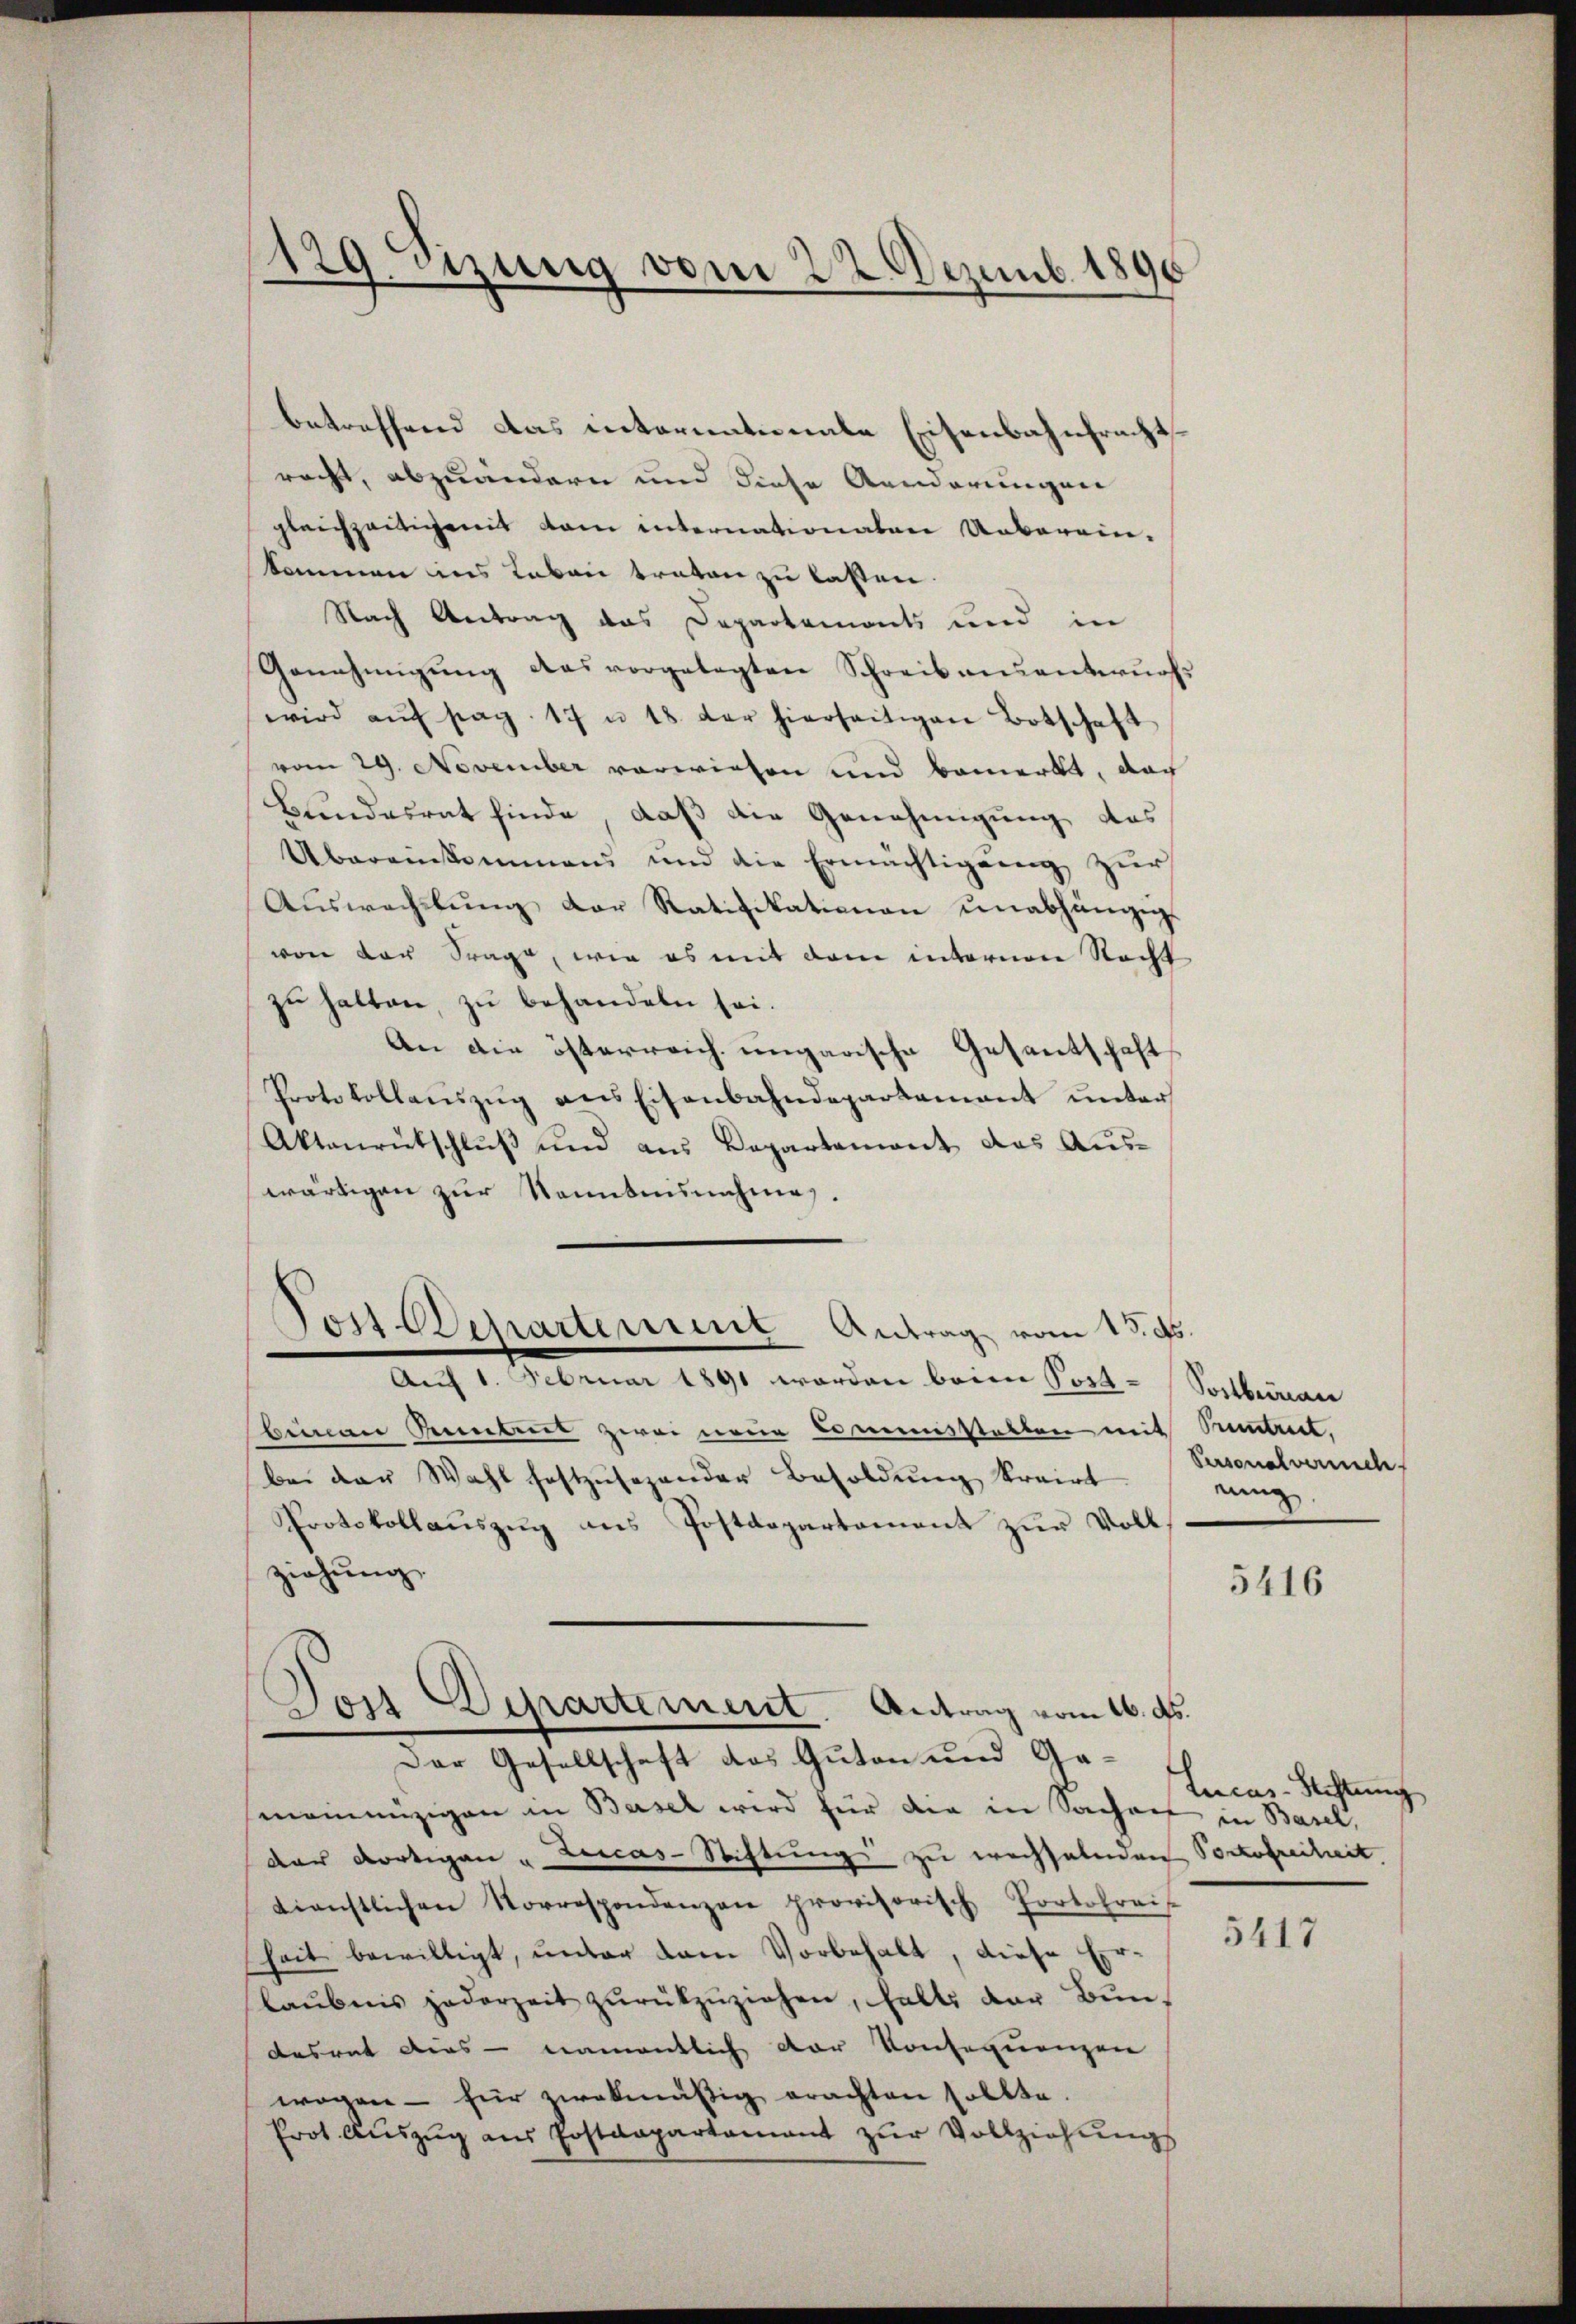
.
129. Sitzung vom 22. Dezemb. 1890

betreffend das internationale Eisenbahnfracht
racht, abzuändern und diese Aenderungen
gleichzeitigemit dem internationaten Ueberein-
kommen ins Laban traten zu lassen.
Nach Antrag das Departemonts und in
Genehmigŭng das vorgelegten Schreibnŭantwurfs
wird aŭf pag. 17 u 18. der hierseitigen Botschaft
vom 29. November vorwiesen und bemerkt, doch
Bundesrat finde, daß die Genehmigung des
Übereinkommens und die Ermächtigung zur
Aŭswechslŭng der Ratifikationen unabhängig
von der Frage, wie es mit dem internen Recht
zu halten, zu behandeln sei.
An die österreich ungarische Gesantschaft
Protokollaŭszŭg ans Eisenbahndepartamant ŭnter
Aktenrütschluß und aus Departement das Auswärtigen zur Senntnisnahmen.
Post Departement Antrag vom 15. ds.
Auf 1. Februar 1891 werden beim Post-Solbeinau
beinau Anerbeit zwei neue Commensstatten mit Hintrict,
bei der Wahl festzŭsezender Besoldŭng krairt.
Protokollauszug aus Postdepartement zur Voll
ziehung,
Dort Departement. Antrag vom 16. ds.
Der Gesellschaft das Guten und Gameinnüzigen in Basel wird für die in Sachen in Basel,
dar dortigen Lucas-Stiftung zu wechselnden Portofreiheit,
tienstlichen Norrespondenzen provisorisch Portofreis
heit bewilligt, unter dem Vorbehalt, diese Erlaŭbens jederzeit zŭrückzŭziehen, halte der Bŭn-
desrat dies - namentlich der Konsequengen
wogen - für zalmäßig erachten sollte.
Prot. Aŭszŭg aŭs Postdepartamant zŭr Vollziehŭngs

Personalversch
nung.

5416

Lucas-Rechtung

5417